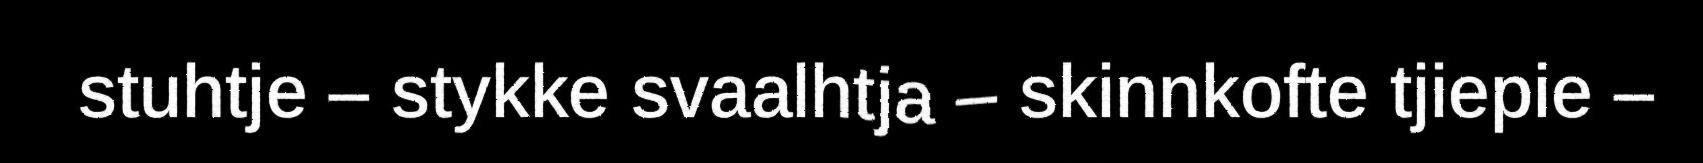
stuhtje – stykke svaalhtja – skinnkofte tjiepie –